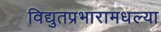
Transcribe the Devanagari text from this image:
विद्युतप्रभारामधल्या